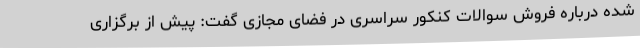
شده درباره فروش سوالات کنکور سراسری در فضای مجازی گفت:‌ پیش از برگزاری